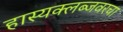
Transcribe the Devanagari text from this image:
हास्यक्लब्जवरचा